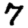
Digit: 7